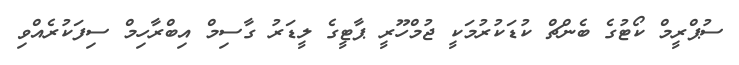
ސުޕްރީމް ކޯޓުގެ ބެންޗް ކުޑަކުރުމަކީ ޖުމްހޫރީ ޕާޓީގެ ލީޑަރު ގާސިމް އިބްރާހިމް ސިފަކުރެއްވި